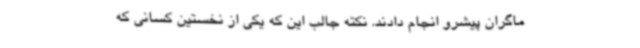
ماگران پیشرو انجام دادند. نکته جالب این که یکی از نخستین کسانی که